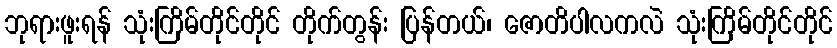
ဘုရားဖူးရန် သုံးကြိမ်တိုင်တိုင် တိုက်တွန်း ပြန်တယ်၊ ဇောတိပါလကလဲ သုံးကြိမ်တိုင်တိုင်